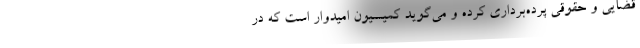
قضایی و حقوقی پرده‌برداری کرده و می‌گوید کمیسیون امیدوار است که در